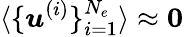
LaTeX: \langle\{ \boldsymbol{u}^{(i)}\} _{i=1}^{N_{e}}\rangle\approx\boldsymbol{0}